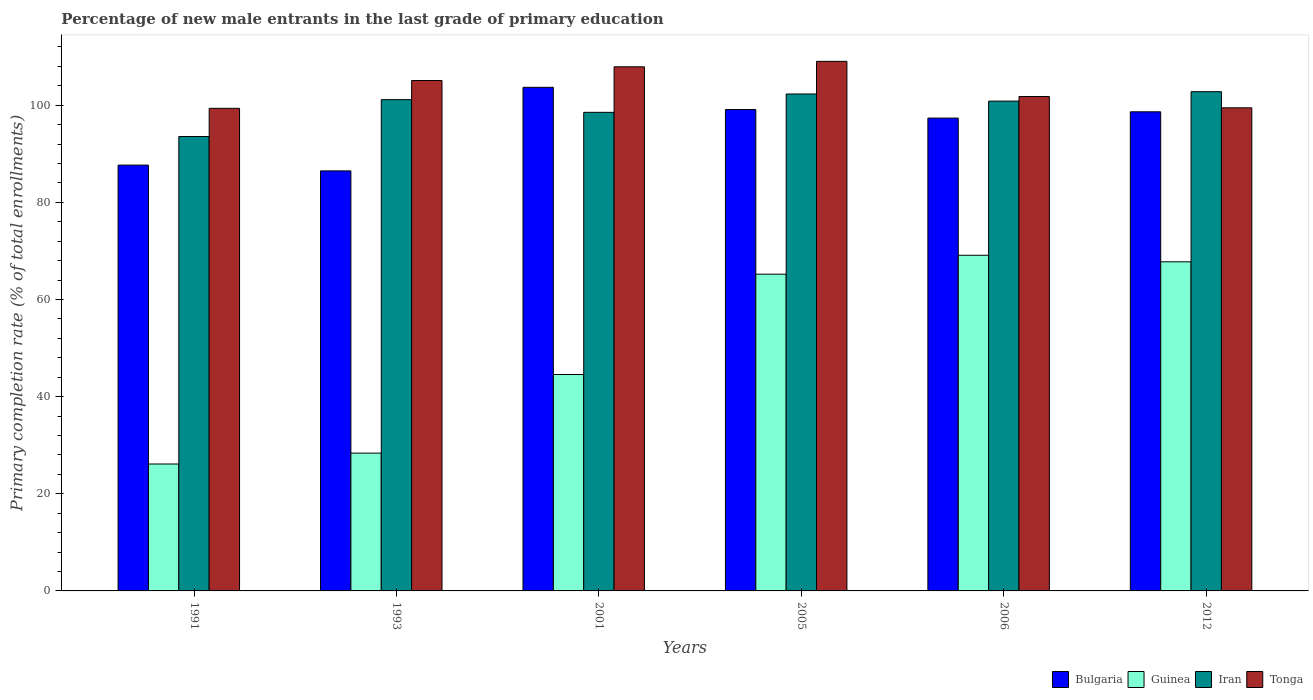
| Years | Bulgaria | Guinea | Iran | Tonga |
 | --- | --- | --- | --- | --- |
 | 1991 | 87.7 | 26.1 | 93.6 | 99.4 |
 | 1993 | 86.5 | 28.4 | 101 | 105 |
 | 2001 | 104 | 44.6 | 98.5 | 108 |
 | 2005 | 99.1 | 65.2 | 102 | 109 |
 | 2006 | 97.4 | 69.1 | 101 | 102 |
 | 2012 | 98.7 | 67.8 | 103 | 99.5 |